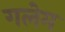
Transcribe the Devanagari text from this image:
गलेम